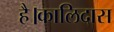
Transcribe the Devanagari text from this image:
है।कालिदास